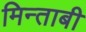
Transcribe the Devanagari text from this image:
मिन्ताबी